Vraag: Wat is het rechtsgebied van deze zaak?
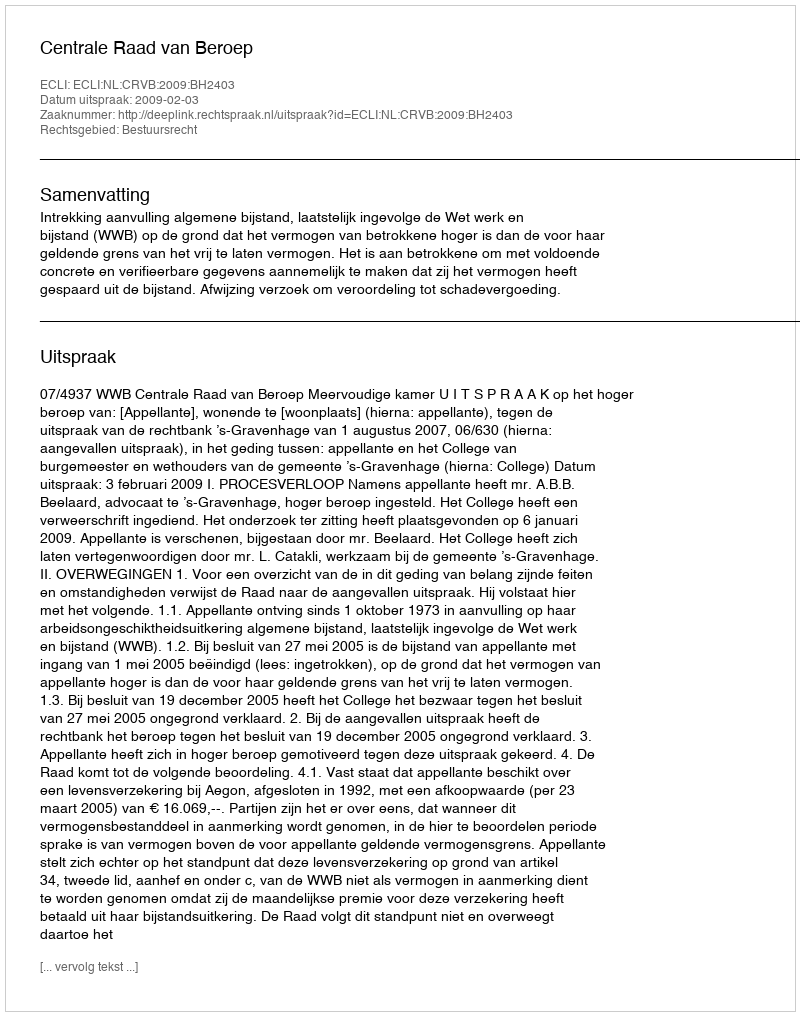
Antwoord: Bestuursrecht